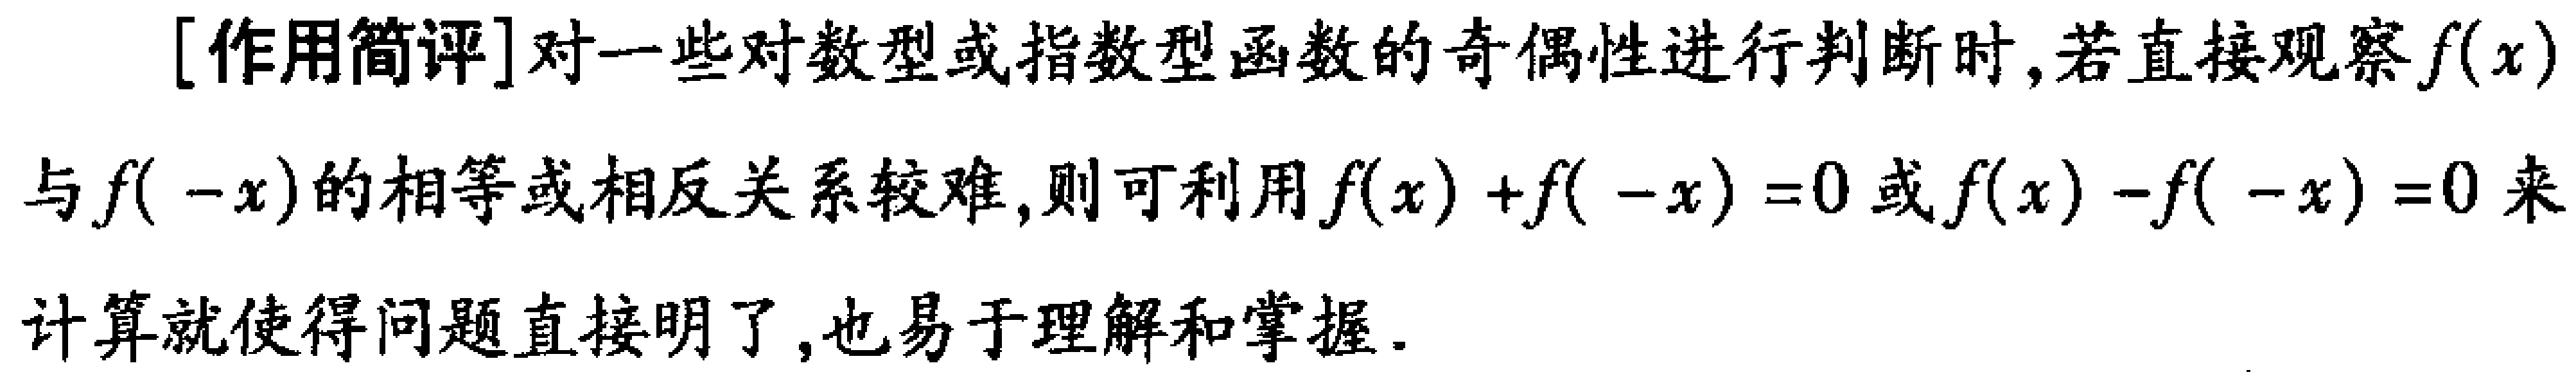
[作用简评]对一些对数型或指数型函数的奇偶性进行判断时,若直接观察\(f(x)\)与\(f( -x)\)的相等或相反关系较难,则可利用\(f(x)+f( -x)=0\)或\(f(x)-f( -x)=0\)来计算就使得问题直接明了,也易于理解和掌握.